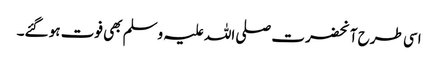
اسی طرح آنحضرت صلی اللہ علیہ وسلم بھی فوت ہو گئے۔